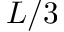
L / 3